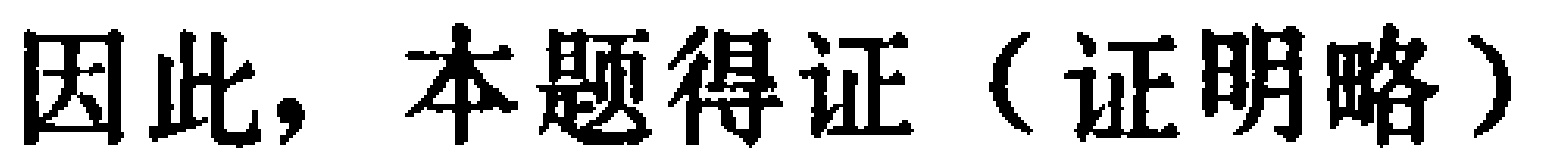
因此，本题得证（证明略）